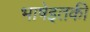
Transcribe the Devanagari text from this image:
भाषेइतकी